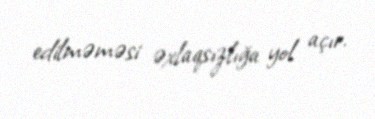
edilməməsi əxlaqsızlığa yol açır.